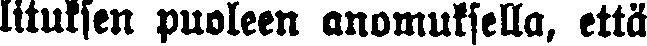
lituksen puoleen anomuksella, että